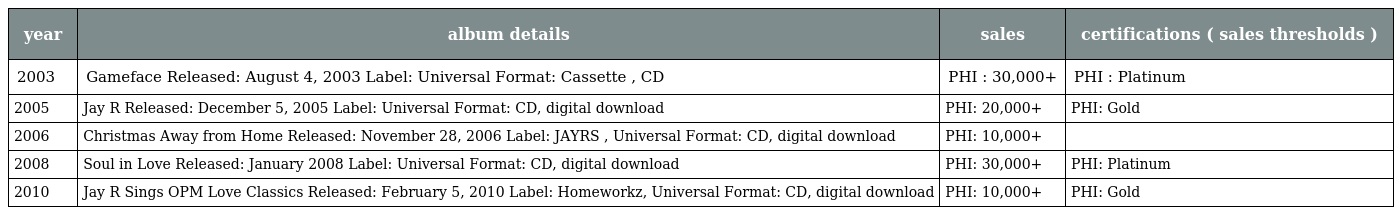
| year | album details | sales | certifications ( sales thresholds ) |
 | --- | --- | --- | --- |
 | 2003 | Gameface Released: August 4, 2003 Label: Universal Format: Cassette , CD | PHI : 30,000+ | PHI : Platinum |
 | 2005 | Jay R Released: December 5, 2005 Label: Universal Format: CD, digital download | PHI: 20,000+ | PHI: Gold |
 | 2006 | Christmas Away from Home Released: November 28, 2006 Label: JAYRS , Universal Format: CD, digital download | PHI: 10,000+ |  |
 | 2008 | Soul in Love Released: January 2008 Label: Universal Format: CD, digital download | PHI: 30,000+ | PHI: Platinum |
 | 2010 | Jay R Sings OPM Love Classics Released: February 5, 2010 Label: Homeworkz, Universal Format: CD, digital download | PHI: 10,000+ | PHI: Gold |